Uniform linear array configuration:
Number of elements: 24
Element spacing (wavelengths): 0.75
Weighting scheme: binomial
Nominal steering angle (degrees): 0
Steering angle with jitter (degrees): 1.806
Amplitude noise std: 0.05
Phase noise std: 0.05

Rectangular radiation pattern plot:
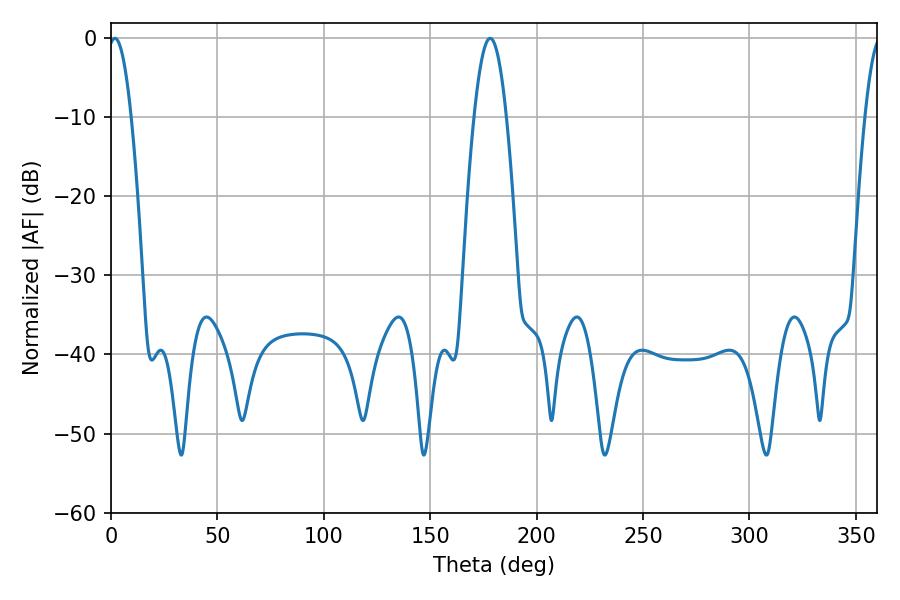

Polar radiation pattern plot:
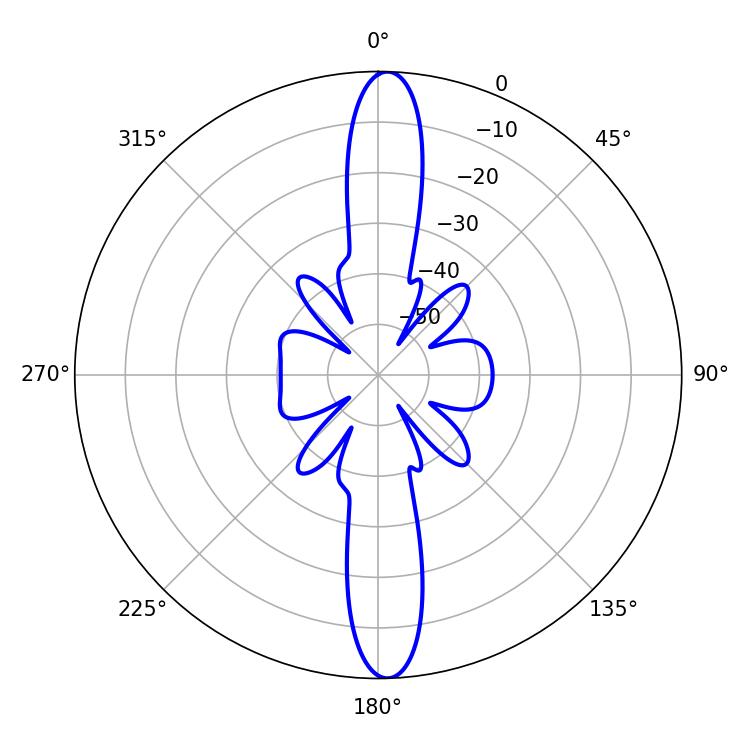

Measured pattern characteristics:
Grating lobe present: TRUE
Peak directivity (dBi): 22.997
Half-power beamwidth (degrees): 5.94
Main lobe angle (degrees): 1.8